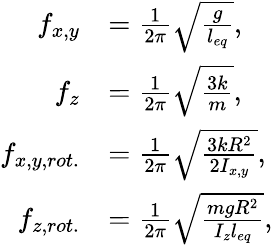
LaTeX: \begin{array}{rl}{f_{x,y}}&{=\frac{1}{2\pi}\sqrt{\frac{g}{l_{eq}}},}\\ {f_{z}}&{=\frac{1}{2\pi}\sqrt{\frac{3k}{m}},}\\ {f_{x,y,rot.}}&{=\frac{1}{2\pi}\sqrt{\frac{3kR^{2}}{2I_{x,y}}},}\\ {f_{z,rot.}}&{=\frac{1}{2\pi}\sqrt{\frac{mgR^{2}}{I_{z}l_{eq}}},}\end{array}